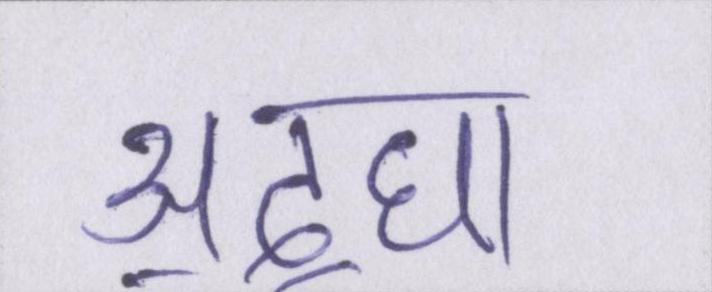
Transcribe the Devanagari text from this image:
अ॒द्घा